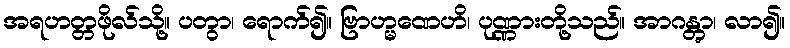
အရဟတ္တဖိုလ်သို့။ ပတွာ၊ ရောက်၍။ ဗြာဟ္မဏေဟိ၊ ပုဏ္ဏားတို့သည်။ အာဂန္တွာ၊ လာ၍။